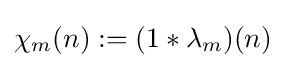
\chi _{m}(n):=(1\ast \lambda _{m})(n)